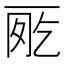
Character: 𠀸